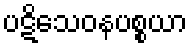
ပဋိသေဝနပစ္စယာ